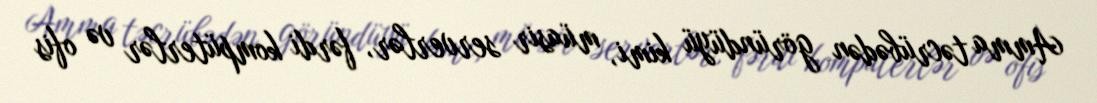
Amma təcrübədən göründüyü kimi, müasir serverlər, fərdi kompüterlər və ofis